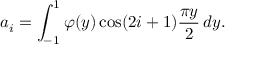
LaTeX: a _ { i } = \int _ { - 1 } ^ { 1 } \varphi ( y ) \cos ( 2 i + 1 ) { \frac { \pi y } { 2 } } \, d y .